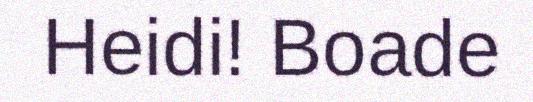
Heidi! Boade